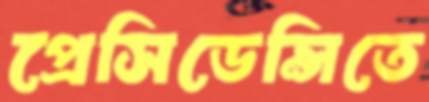
প্রেসিডেন্সিতে